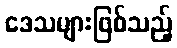
ဒေသများဖြစ်သည့်